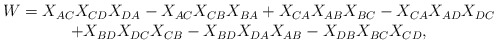
\begin{align*}\begin{array}{c}W = X_{AC}X_{CD}X_{DA} - X_{AC}X_{CB}X_{BA} + X_{CA}X_{AB}X_{BC}- X_{CA}X_{AD}X_{DC} \\+ X_{BD}X_{DC}X_{CB} - X_{BD}X_{DA}X_{AB}- X_{DB}X_{BC}X_{CD},\end{array}\end{align*}